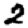
Digit: 2